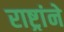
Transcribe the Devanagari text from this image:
राष्ट्रांने